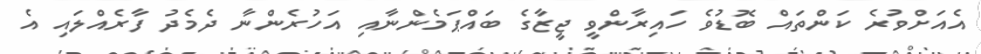
އެއަށްވުރެ ކަންތައް ބޮޑުވެ ހައިރާންވީ ޖީޒާގެ ބައްޕަމެންނާއި އަހުރެންނާ ދެމެދު ފާރެއްލައި އެ